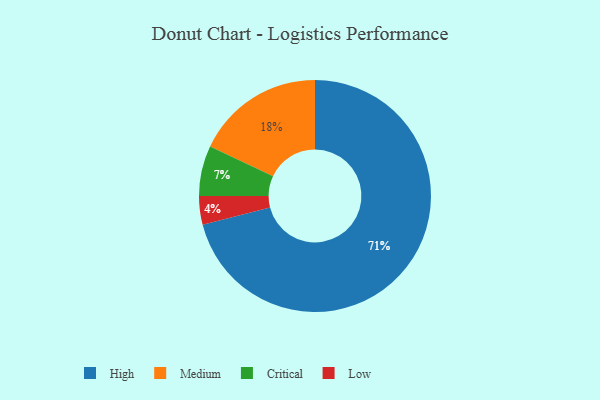
{"axis": {"x": "Category", "y": "Percentage"}, "legend": ["Critical", "High", "Low", "Medium"], "data": [{"x": "Medium", "y": 18, "type": "Medium"}, {"x": "Critical", "y": 7, "type": "Critical"}, {"x": "High", "y": 71, "type": "High"}, {"x": "Low", "y": 4, "type": "Low"}]}